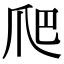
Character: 爬